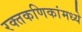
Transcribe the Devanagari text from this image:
रक्तकणिकांमध्ये